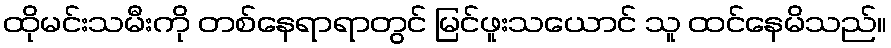
ထိုမင်းသမီးကို တစ်နေရာရာတွင် မြင်ဖူးသယောင် သူ ထင်နေမိသည်။